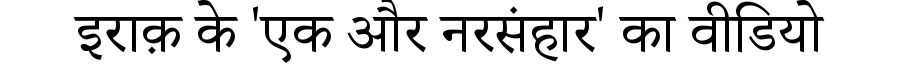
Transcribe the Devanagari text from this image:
इराक़ के 'एक और नरसंहार' का वीडियो